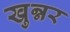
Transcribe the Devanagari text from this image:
खुन्नर